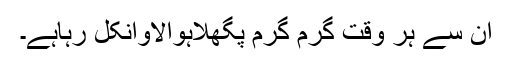
ان سے ہر وقت گرم گرم پگھلاہوالاوانکل رہاہے۔